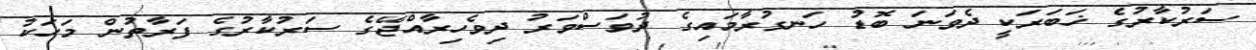
ސަރުކާރުގެ ޚަބަރަކީ ދެވަނަ ބޮޑު ހަނގުރާމައިގެ ދުވަސްވަރު ދިވެހިރާއްޖޭގެ ސަރުކާރުގެ ފަރާތުން މަހަކު